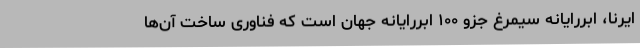
ایرنا، ابررایانه سیمرغ جزو ۱۰۰ ابررایانه جهان است که فناوری ساخت آن‌ها